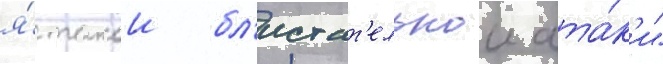
я́ такои бл'истат'ельнои ата́к'и"